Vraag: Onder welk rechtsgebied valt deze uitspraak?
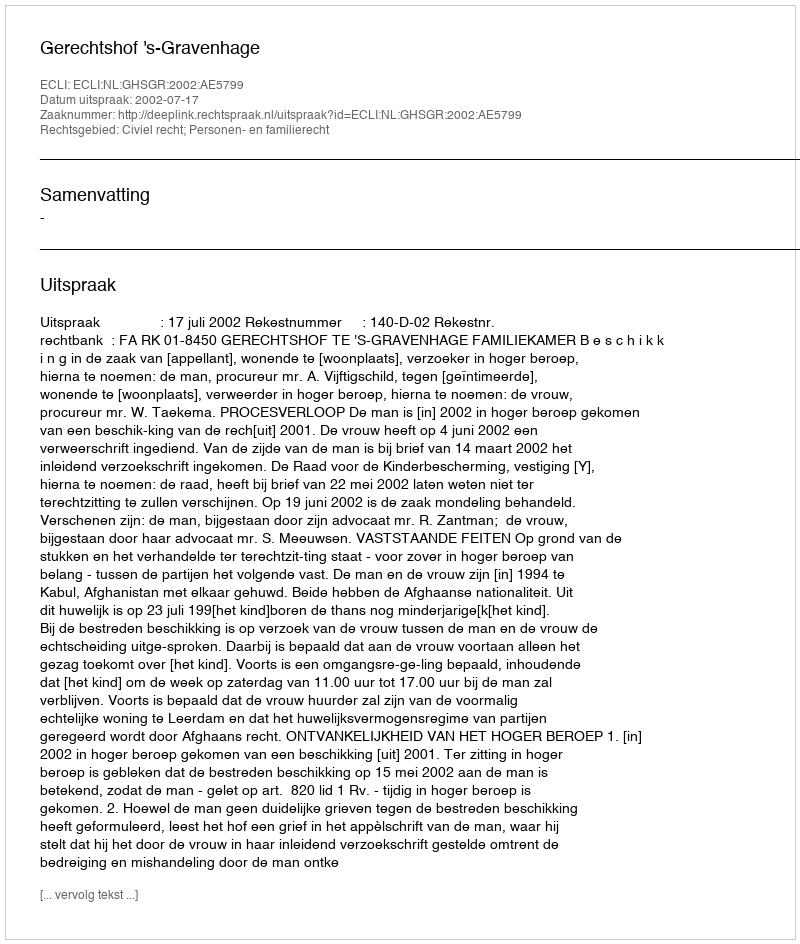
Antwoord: Civiel recht; Personen- en familierecht